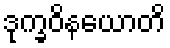
ဒုက္ခဝိနယောတိ